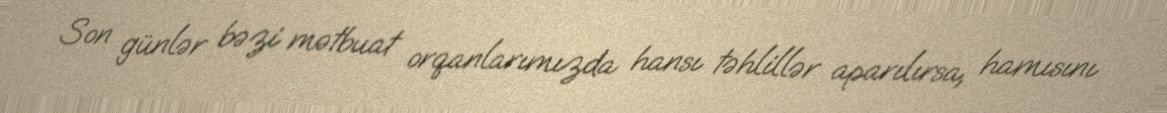
Son günlər bəzi mətbuat orqanlarımızda hansı təhlillər aparılırsa, hamısını